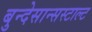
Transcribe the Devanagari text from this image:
बुन्देसान्सस्टाल्ट